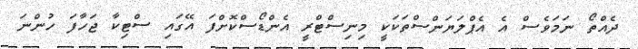
ދެއްތޯ ނަމަވެސް އެ އެޕްލަޔަންސްތަކަކީ މިނިސްޓްރީ އެންޑޯސްކޮށްފަ އޭގައި ސްޓިކާ ޖަހާފަ ހުންނަ